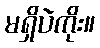
မရှိပဲကိုး။